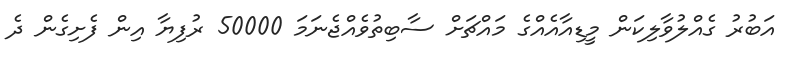
އަބުރު ގެއްލުވާލިކަން މީޑިއާއެއްގެ މައްޗަށް ސާބިތުވެއްޖެނަމަ 50000 ރުފިޔާ އިން ފެށިގެން ދެ